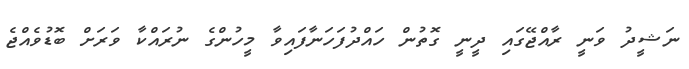
ނަޝީދު ވަނީ ރާއްޖޭގައި ދީނީ ގޮތުން ހައްދުފަހަނާފައިވާ މީހުންގެ ނުރައްކާ ވަރަށް ބޮޑުވެއްޖެ